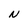
Character: N